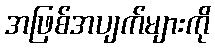
အဖြစ်အပျက်များကို